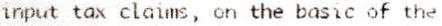
INPUT TAX CLAIMS, ON THE BASIC OF THE